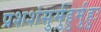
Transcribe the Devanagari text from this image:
प्रशशंसुर्मुहुर्मुहुः